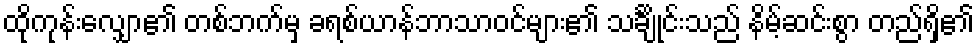
ထိုကုန်းလျှော၏ တစ်ဘက်မှ ခရစ်ယာန်ဘာသာဝင်များ၏ သင်္ချိုင်းသည် နိမ့်ဆင်းစွာ တည်ရှိ၏